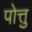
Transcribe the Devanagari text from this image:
पोत्तु